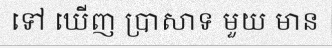
ទៅ ឃើញ ប្រាសាទ មួយ មាន